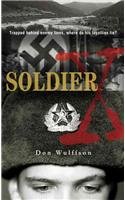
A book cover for Soldier X; Don L. Wulffson; Teen & Young Adult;